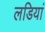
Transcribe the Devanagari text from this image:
लडियां